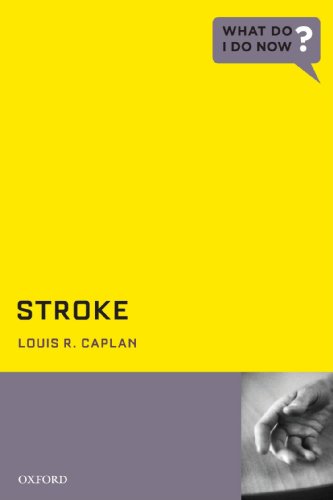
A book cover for Stroke (What Do I Do Now); Louis Caplan  MD; Health, Fitness & Dieting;